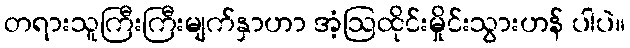
တရားသူကြီးကြီးမျက်နှာဟာ အံ့ဩထိုင်းမှိုင်းသွားဟန် ပါပဲ။